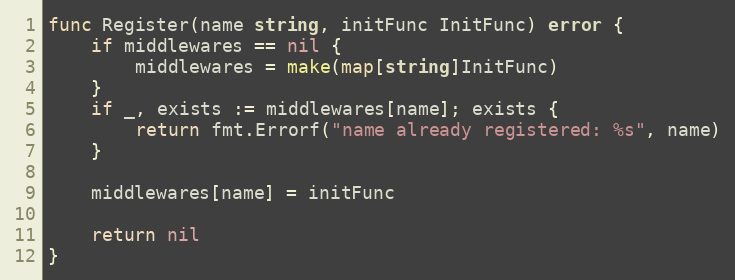
Language: Go
func Register(name string, initFunc InitFunc) error {
	if middlewares == nil {
		middlewares = make(map[string]InitFunc)
	}
	if _, exists := middlewares[name]; exists {
		return fmt.Errorf("name already registered: %s", name)
	}

	middlewares[name] = initFunc

	return nil
}